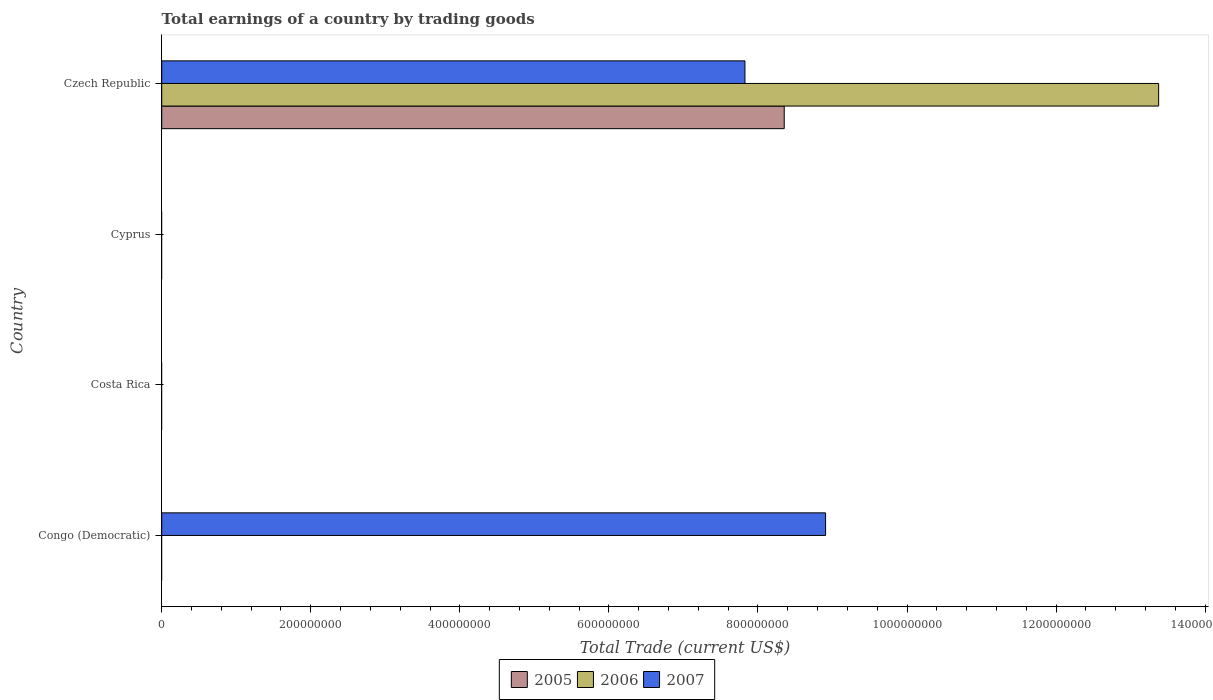
| Country | 2005 | 2006 | 2007 |
 | --- | --- | --- | --- |
 | Congo (Democratic) | -2.88e+08 | -1.87e+08 | 8.91e+08 |
 | Costa Rica | -3.25e+09 | -3.89e+09 | -5.14e+09 |
 | Cyprus | -3.74e+09 | -4.32e+09 | -5.96e+09 |
 | Czech Republic | 8.35e+08 | 1.34e+09 | 7.83e+08 |